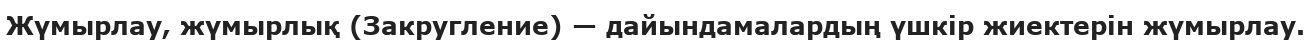
Жүмырлау, жүмырлық (Закругление) — дайындамалардың үшкір жиектерін жүмырлау.